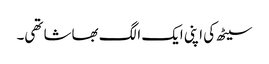
سیٹھ کی اپنی ایک الگ بھاشا تھی۔